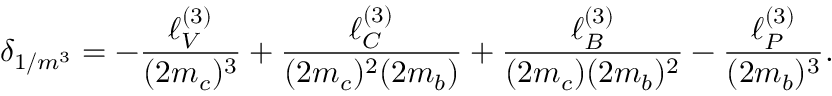
\delta _ { 1 / m ^ { 3 } } = - \frac { \ell _ { V } ^ { ( 3 ) } } { ( 2 m _ { c } ) ^ { 3 } } + \frac { \ell _ { C } ^ { ( 3 ) } } { ( 2 m _ { c } ) ^ { 2 } ( 2 m _ { b } ) } + \frac { \ell _ { B } ^ { ( 3 ) } } { ( 2 m _ { c } ) ( 2 m _ { b } ) ^ { 2 } } - \frac { \ell _ { P } ^ { ( 3 ) } } { ( 2 m _ { b } ) ^ { 3 } } .